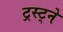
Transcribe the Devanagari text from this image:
ट्रस्ट्ने